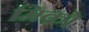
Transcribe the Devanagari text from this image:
मिको